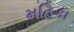
મહિકા